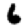
Digit: 6